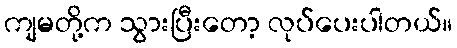
ကျမတို့က သွားပြီးတော့ လုပ်ပေးပါတယ်။